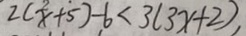
2 ( x + 5 ) - 6 < 3 ( 3 x + 2 ) ,